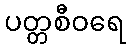
ပတ္တစီဝရေ